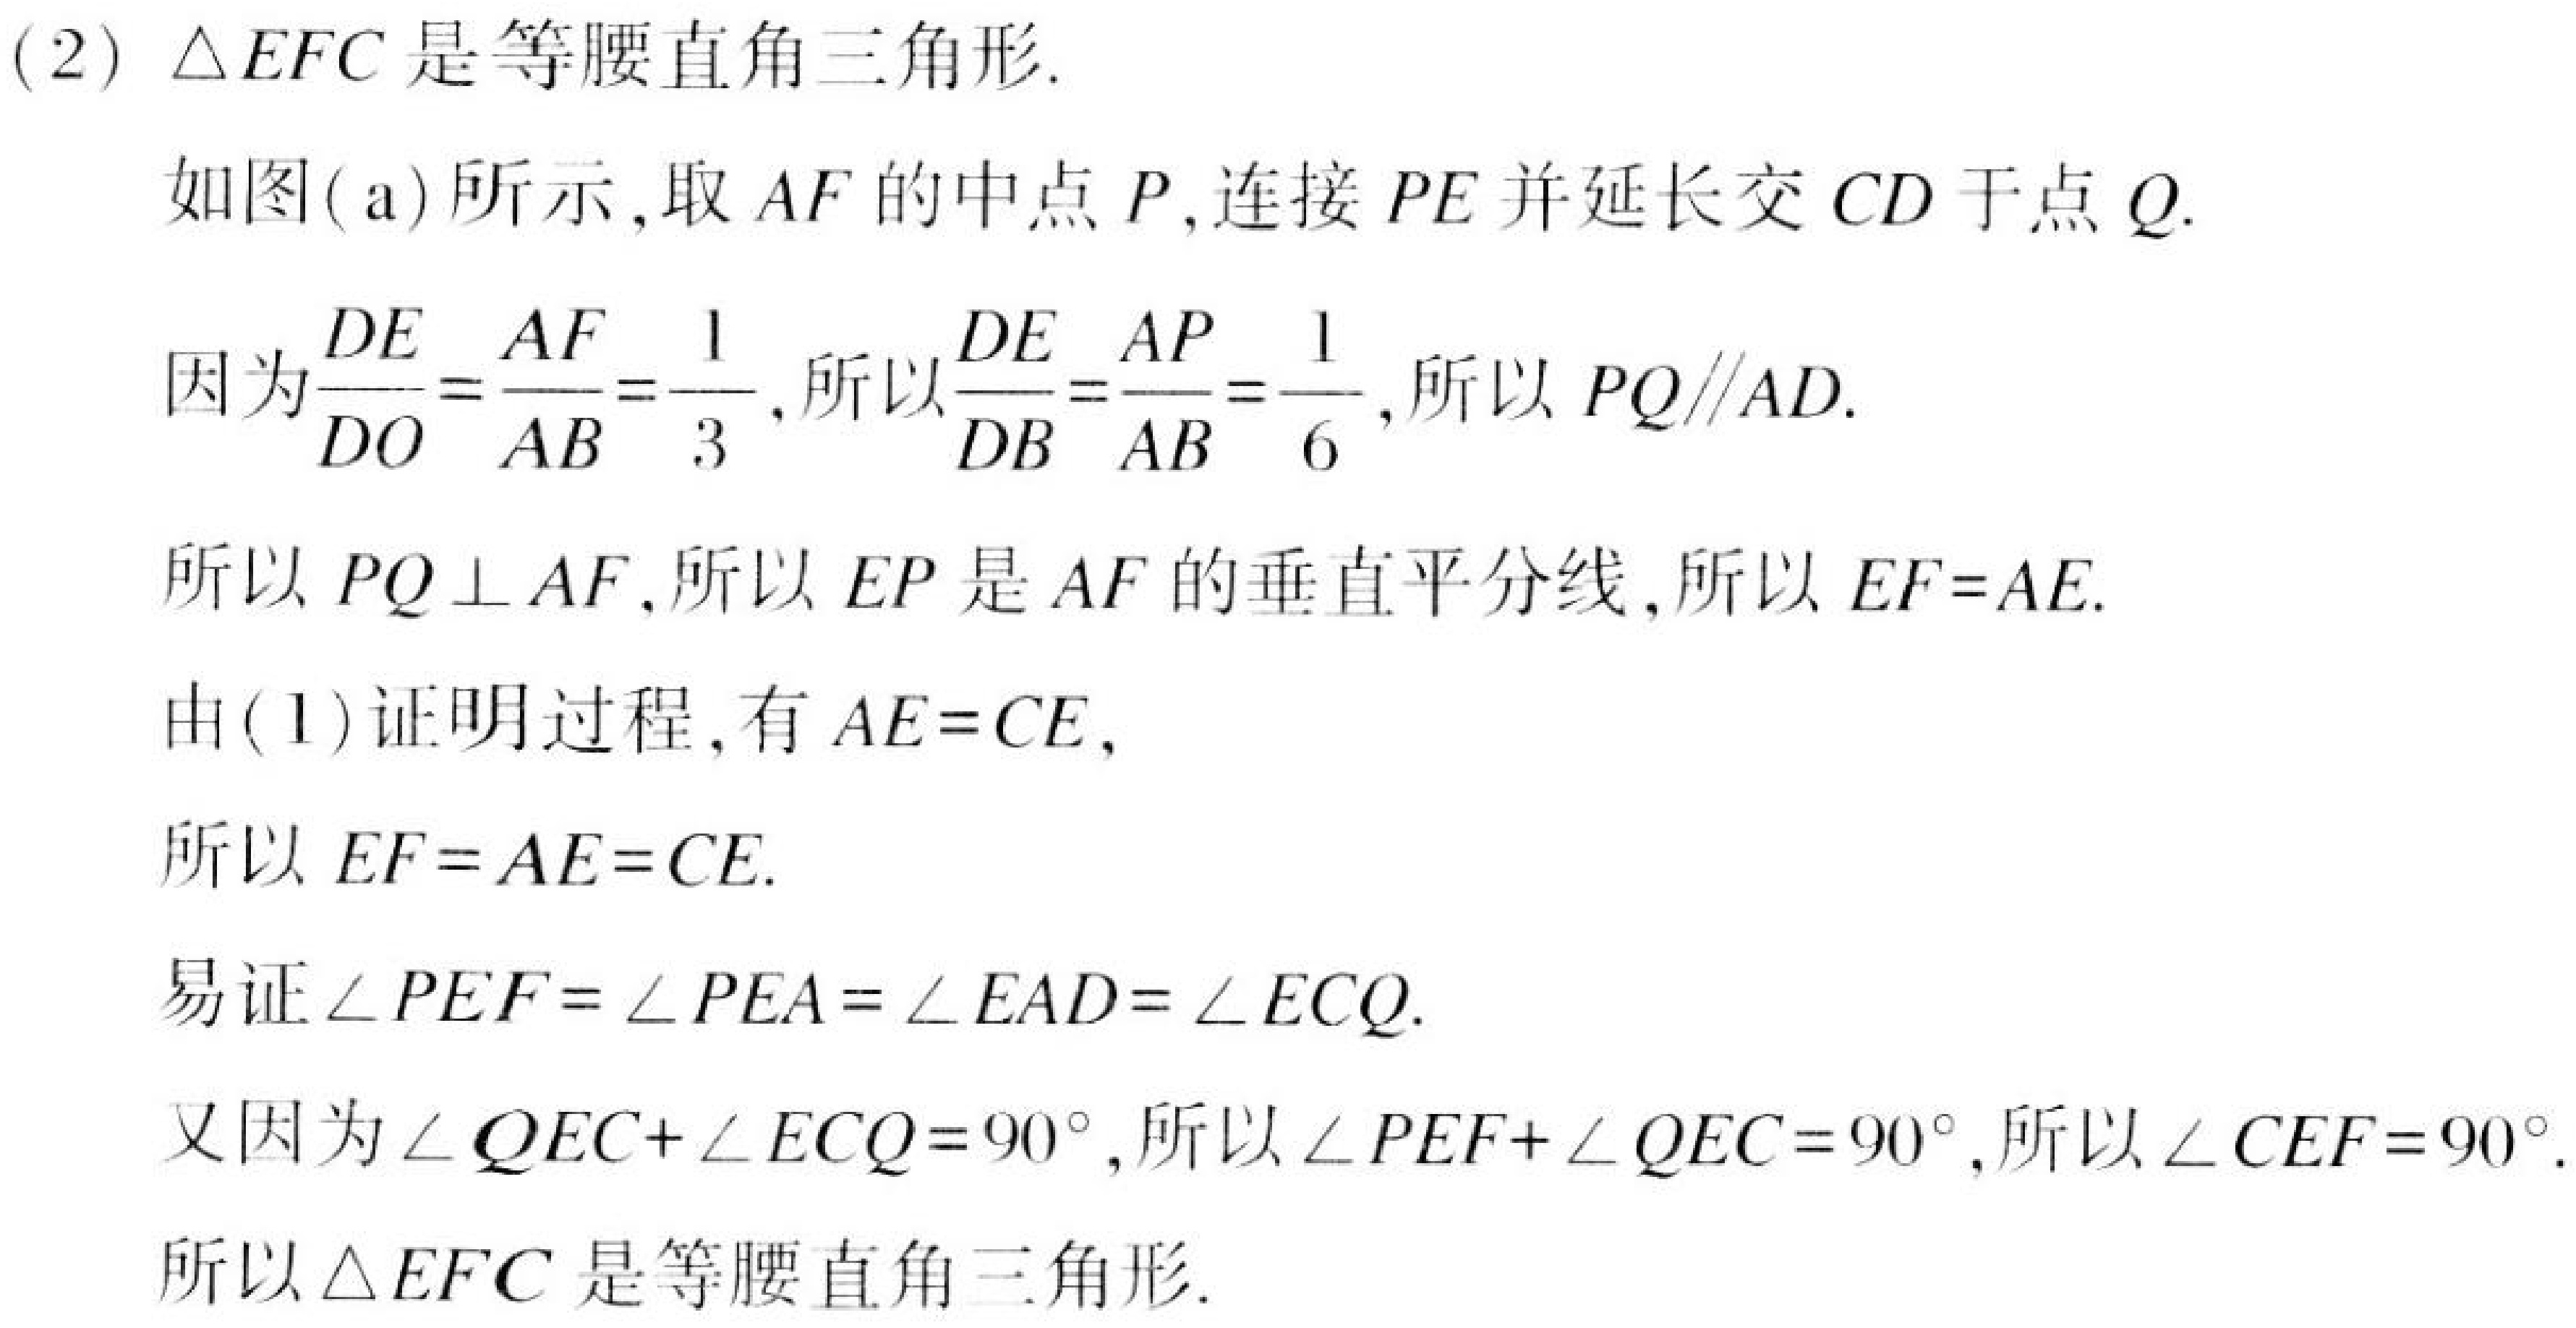
(2) \(\triangle EFC\)是等腰直角三角形.
如图(a)所示,取 \(AF\)的中点 \(P\),连接 \(PE\)并延长交 \(CD\)于点 \(Q\).
因为\(\frac{DE}{DO}=\frac{AF}{AB}=\frac{1}{3}\),所以\(\frac{DE}{DB}=\frac{AP}{AB}=\frac{1}{6}\),所以 \(PQ\parallel AD\).
所以 \(PQ\perp AF\),所以 \(EP\)是 \(AF\)的垂直平分线,所以 \(EF = AE\).
由(1)证明过程,有 \(AE = CE\),
所以 \(EF = AE=CE\).
易证\(\angle PEF=\angle PEA=\angle EAD=\angle ECQ\).
又因为\(\angle QEC+\angle ECQ = 90^{\circ}\),所以\(\angle PEF+\angle QEC = 90^{\circ}\),所以\(\angle CEF = 90^{\circ}\).
所以\(\triangle EFC\)是等腰直角三角形.